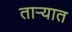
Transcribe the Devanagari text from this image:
तार्‍यात